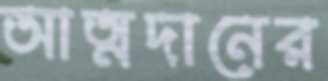
আত্মদানের